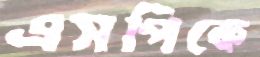
এসপিকে